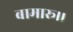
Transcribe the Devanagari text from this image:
बामारू।।